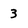
Character: 3